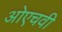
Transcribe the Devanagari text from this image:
ओएचवी